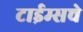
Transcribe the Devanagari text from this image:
टाईम्सचे